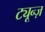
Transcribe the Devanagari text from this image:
ट्यून्ज़